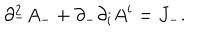
LaTeX: \partial _ { - } ^ { 2 } A _ { - } + \partial _ { - } \partial _ { i } A ^ { i } = J _ { - } .